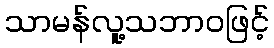
သာမန်လူ့သဘာဝဖြင့်